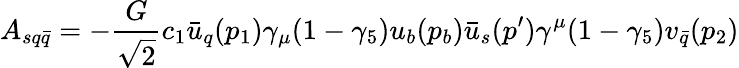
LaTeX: A_{sq\bar{q}}=-\frac{G}{\sqrt{2}}c_{1}\bar{u}_{q}(p_{1})\gamma_{\mu}(1-\gamma_{5})u_{b}(p_{b})\bar{u}_{s}(p^{\prime})\gamma^{\mu}(1-\gamma_{5})v_{\bar{q}}(p_{2})